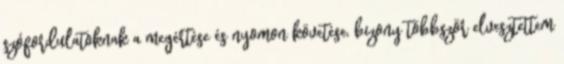
szófordulatoknak a megértése és nyomon követése, bizony többször elvesztettem